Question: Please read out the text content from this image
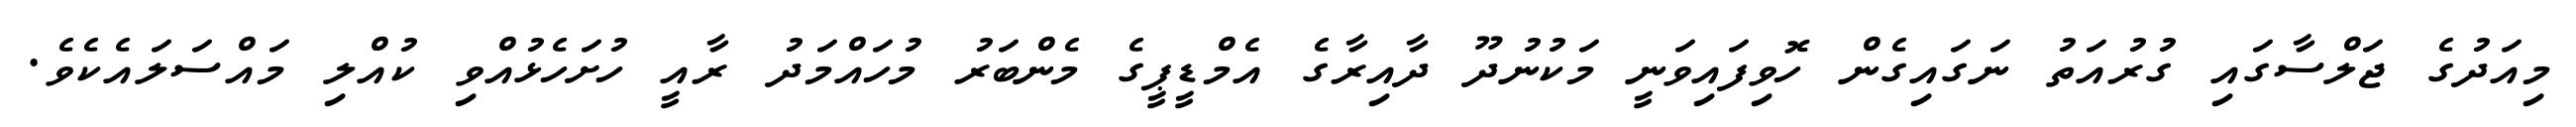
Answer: މިއަދުގެ ޖަލްސާގައި ގުރުއަތު ނަގައިގެން ހޮވިފައިވަނީ މަކުނުދޫ ދާއިރާގެ އެމްޑީޕީގެ މެންބަރު މުހައްމަދު ރާއީ ހުށަހެޅުއްވި ކުއްލި މައްސަލައެކެވެ.